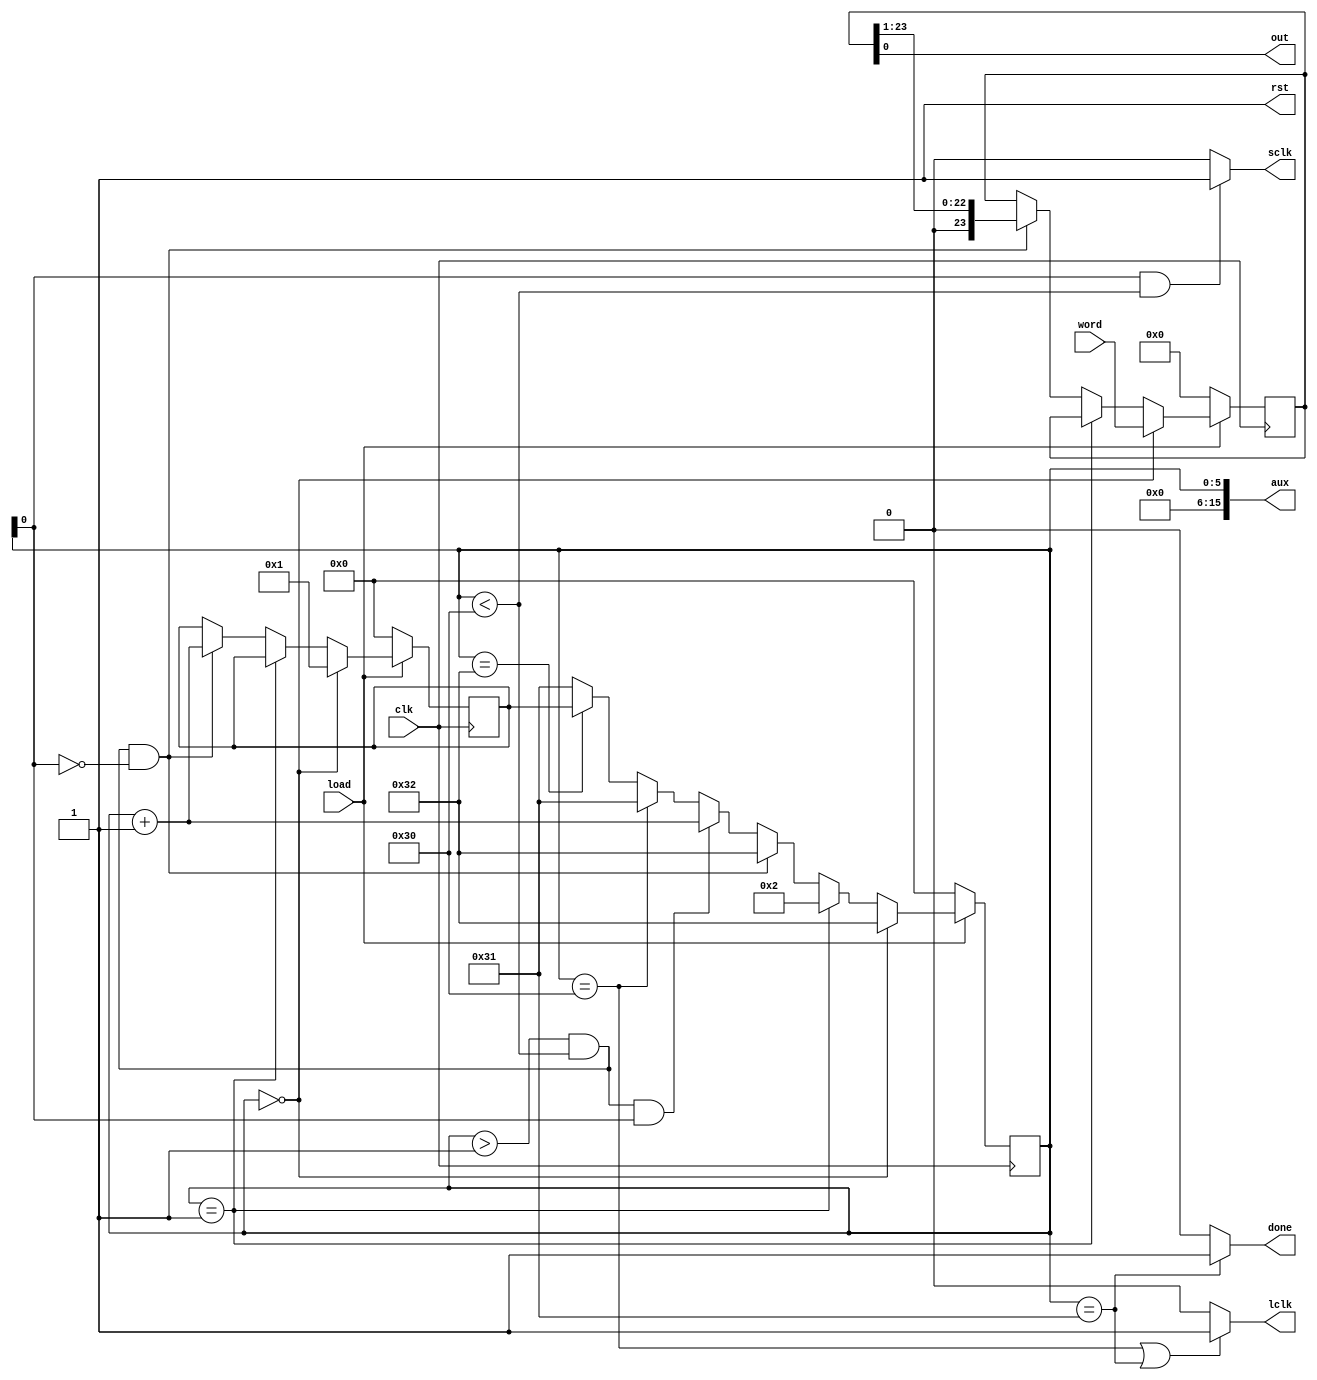
`timescale 1ns / 1ps
//////////////////////////////////////////////////////////////////////////////////
// Company: 
// Engineer: 
// 
// Design Name: 
// Module Name: Shift_Register
// Project Name: 
// Target Devices: 
// Tool Versions: 
// Description: 
// 
// Dependencies: 
// 
// Revision:
// Revision 0.01 - File Created
// Additional Comments:
// 
//////////////////////////////////////////////////////////////////////////////////


module Shift_Register(
    input clk,
    input load,
    input [23:0] word,
    output out,
    //output reg en,
    output rst,
    output lclk,
    output sclk,
    output done,
    output [15:0] aux
    );
    
    //////////////
    // Comentarios
    //////////////
    
    // clk : Clock del Shift Register (<=10 MHz).
    // load: Carga la palabra en el flanco de subida y debe permanecer en 1 durante todo el proceso.
    // word : Palabra a escribir y setear en el shift register.
    // out : salida serial. Comienza con el LSB y termina con el MSB
    // en : enable de las salidas (negado) Esta seal sera externa.
    // rst: reset de los ff (negado).
    // lclk: latch que setea los latch de salida.
    // sclk: shift clock.
    // done: seal de terminado. Se activa cuando termin el proceso o cuando el modulo esta inactivo
    
    ////////////////////
    // Wires y Registros
    ////////////////////
    
    parameter state_aux = 6'd50;
    
    reg [5:0] state_next = 6'b0;
    reg [5:0] state = 6'b0;
    reg [23:0] s_reg = 24'b0;
    
    ////////////////////
    // Estados Iniciales
    ////////////////////
    
    initial
    begin
    
    end
   
   ///////////// 
   // Simulacion
   /////////////
   
   assign aux = {10'b0, state};
    
    
    ////////////////////////
    // Always y Asignaciones
    ////////////////////////
    
    always @(posedge clk)
    begin
        if(load == 1)
        begin
            if(state == 6'b0)
            begin
                s_reg <= word;
                state_next <= 6'd1;
                state <= state_aux;
            end
            
            else if(state == 6'd1)
            begin
                s_reg <= s_reg;
                state_next <= state_next;
                state <= 6'd2;
            end
            
            else if((state> 6'b1) && (state < 6'd48) && (state[0] == 1'b0))
            begin
                s_reg <= {1'b0,s_reg[23:1]};
                state_next <= state + 6'b1;
                state <= state_aux;
            end
            
            else if((state> 6'b1) && (state < 6'd48) && (state[0] == 1'b1))
            begin
                s_reg <= s_reg;
                state_next <= state_next;
                state <= state + 6'b1;
            end
            
            else if(state == 6'd48)
            begin
                s_reg <= s_reg;
                state_next <= state_next;
                state <= 6'd49;
            end
            
            else if(state == state_aux)
            begin
                s_reg <= s_reg;
                state_next <= state_next;
                state <= state_next;
            end
            
            else
            begin
                s_reg <= s_reg;
                state_next <= state_next;
                state <= 6'd49;    
            end
        end
        
        else
        begin
            s_reg <= 24'b0;
            state_next <= 6'b0;
            state <= 6'd0;
        end
    end
    
    assign rst = 1;
    assign out = s_reg[0];
    assign sclk = ((state[0] == 1'b1) && (state < 6'd48))?  1'b1 : 1'b0;
    assign lclk = ((state == 6'd48) || (state == 6'd49))?     1'b1 : 1'b0;
    
    assign done =   (state == 6'd49)?   1'b1 : 1'b0;
endmodule